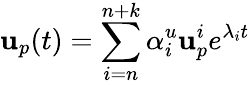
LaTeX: \mathbf{u}_{p}(t)=\sum_{i=n}^{n+k}\alpha_{i}^{u}\mathbf{u}_{p}^{i}e^{\lambda_{i}t}